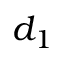
d _ { 1 }